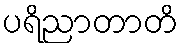
ပရိညာတာတိ